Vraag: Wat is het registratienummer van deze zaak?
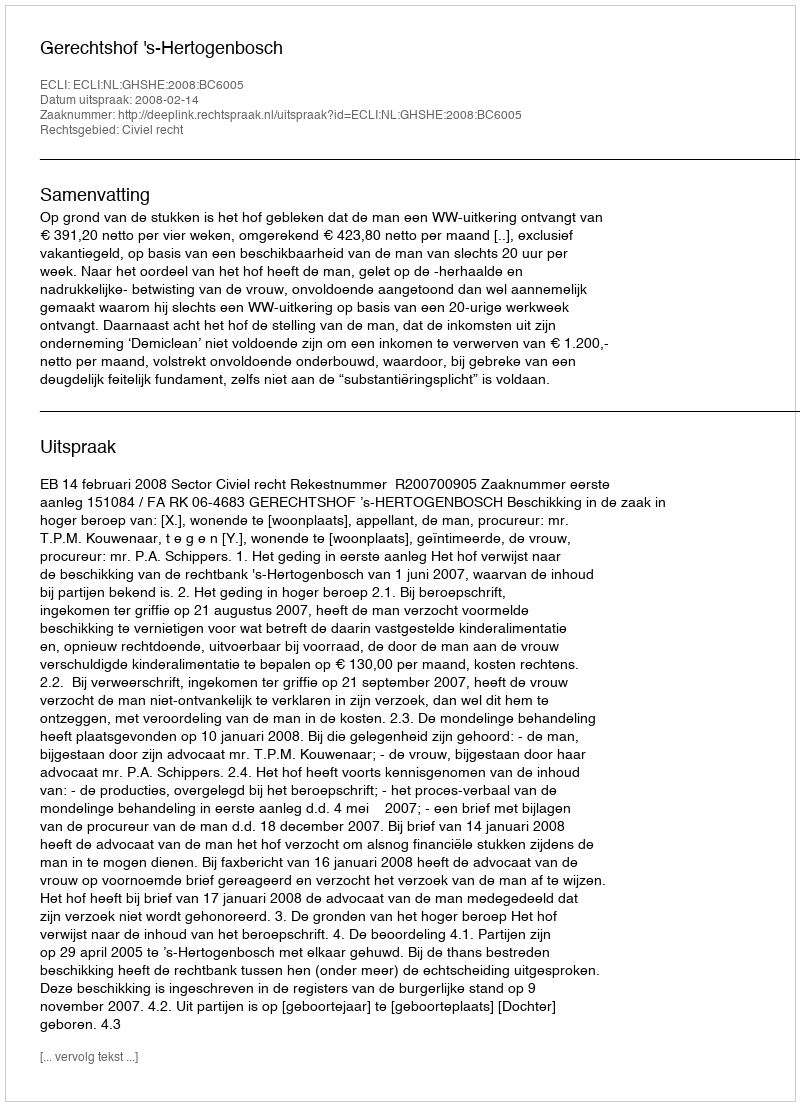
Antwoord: http://deeplink.rechtspraak.nl/uitspraak?id=ECLI:NL:GHSHE:2008:BC6005